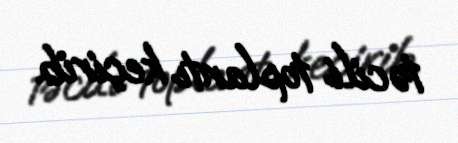
təcili toplantı keçirib.